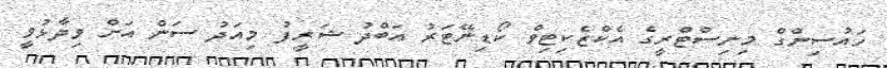
ހައުސިންގް މިނިސްޓްރީގެ އެކްޒެކިޓިވް ކޯޑިނޭޓަރު އަބްދު ޝަރީފު މިއަދު ސަން އަށް ވިދާޅުވީ